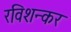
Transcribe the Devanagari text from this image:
रविशन्कर